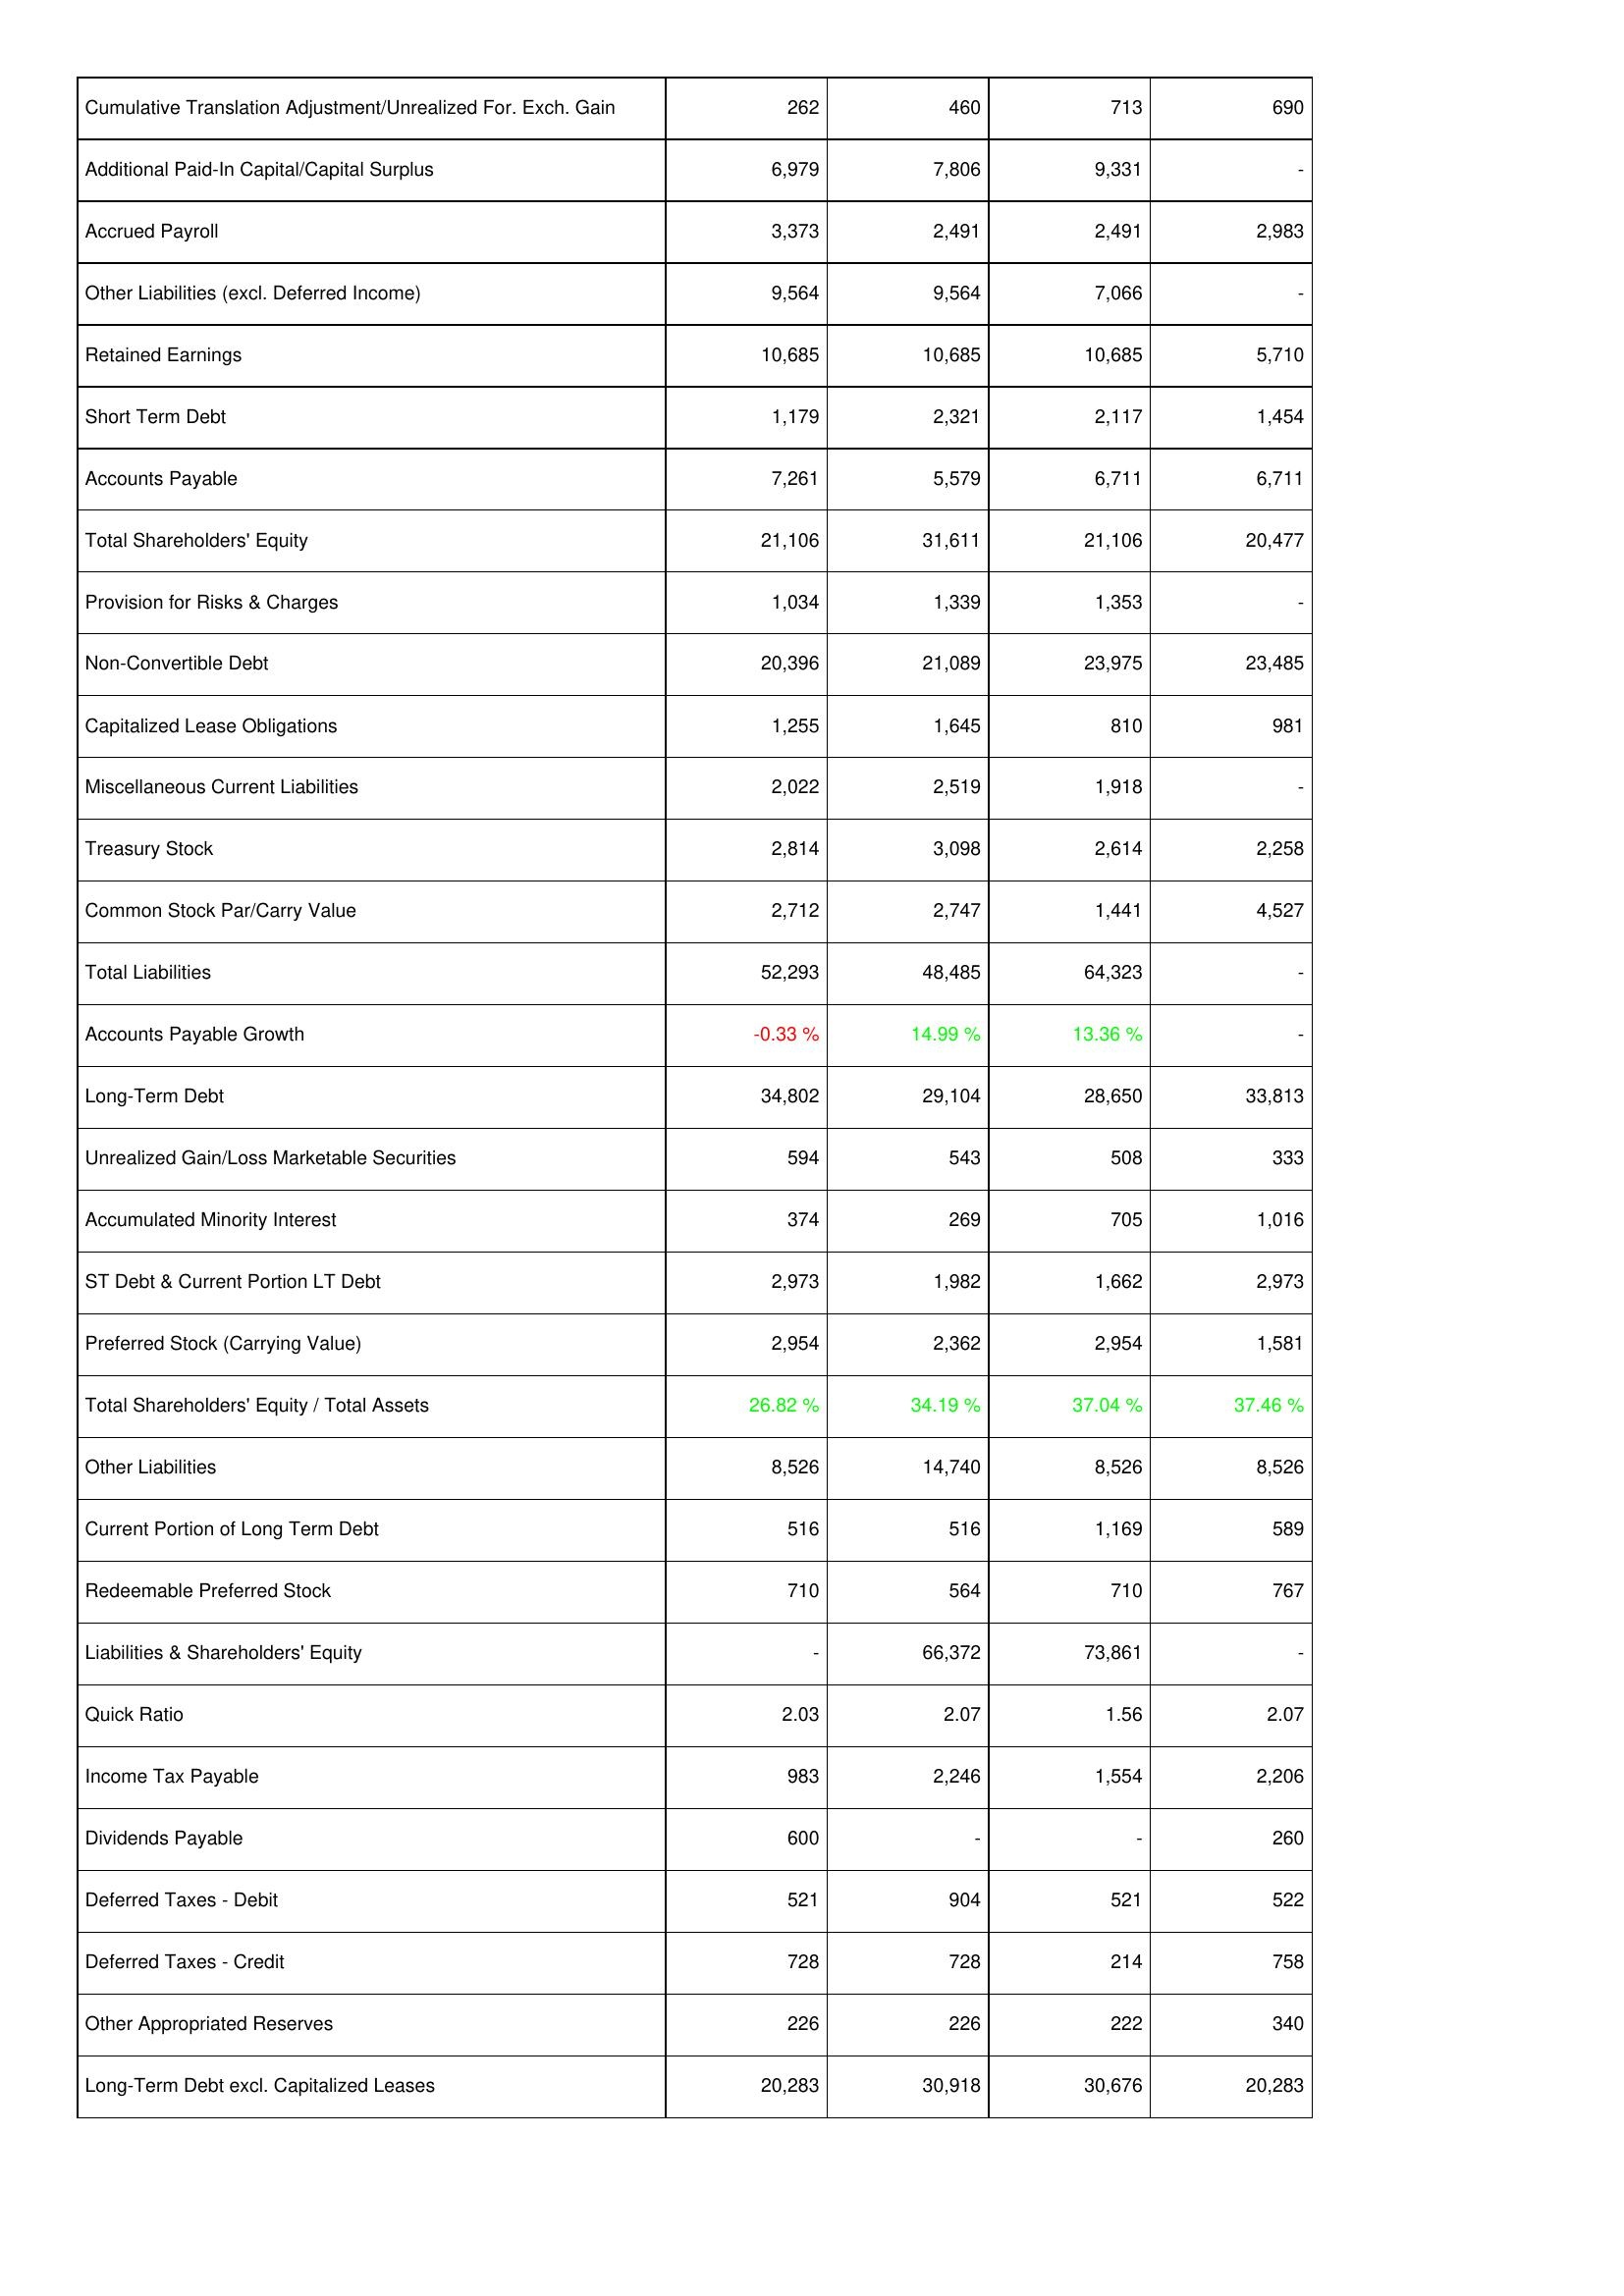
2011: Liabilities & Shareholders' Equity: Cumulative Translation Adjustment/Unrealized For. Exch. Gain: 262
Additional Paid-In Capital/Capital Surplus: 6,979
Accrued Payroll: 3,373
Other Liabilities (excl. Deferred Income): 9,564
Retained Earnings: 10,685
Short Term Debt: 1,179
Accounts Payable: 7,261
Total Shareholders' Equity: 21,106
Provision for Risks & Charges: 1,034
Non-Convertible Debt: 20,396
Capitalized Lease Obligations: 1,255
Miscellaneous Current Liabilities: 2,022
Treasury Stock: 2,814
Common Stock Par/Carry Value: 2,712
Total Liabilities: 52,293
Accounts Payable Growth: -0.33 %
Long-Term Debt: 34,802
Unrealized Gain/Loss Marketable Securities: 594
Accumulated Minority Interest: 374
ST Debt & Current Portion LT Debt: 2,973
Preferred Stock (Carrying Value): 2,954
Total Shareholders' Equity / Total Assets: 26.82 %
Other Liabilities: 8,526
Current Portion of Long Term Debt: 516
Redeemable Preferred Stock: 710
Liabilities & Shareholders' Equity: -
Quick Ratio: 2.03
Income Tax Payable: 983
Dividends Payable: 600
Deferred Taxes - Debit: 521
Deferred Taxes - Credit: 728
Other Appropriated Reserves: 226
Long-Term Debt excl. Capitalized Leases: 20,283
2012: Liabilities & Shareholders' Equity: Cumulative Translation Adjustment/Unrealized For. Exch. Gain: 460
Additional Paid-In Capital/Capital Surplus: 7,806
Accrued Payroll: 2,491
Other Liabilities (excl. Deferred Income): 9,564
Retained Earnings: 10,685
Short Term Debt: 2,321
Accounts Payable: 5,579
Total Shareholders' Equity: 31,611
Provision for Risks & Charges: 1,339
Non-Convertible Debt: 21,089
Capitalized Lease Obligations: 1,645
Miscellaneous Current Liabilities: 2,519
Treasury Stock: 3,098
Common Stock Par/Carry Value: 2,747
Total Liabilities: 48,485
Accounts Payable Growth: 14.99 %
Long-Term Debt: 29,104
Unrealized Gain/Loss Marketable Securities: 543
Accumulated Minority Interest: 269
ST Debt & Current Portion LT Debt: 1,982
Preferred Stock (Carrying Value): 2,362
Total Shareholders' Equity / Total Assets: 34.19 %
Other Liabilities: 14,740
Current Portion of Long Term Debt: 516
Redeemable Preferred Stock: 564
Liabilities & Shareholders' Equity: 66,372
Quick Ratio: 2.07
Income Tax Payable: 2,246
Dividends Payable: -
Deferred Taxes - Debit: 904
Deferred Taxes - Credit: 728
Other Appropriated Reserves: 226
Long-Term Debt excl. Capitalized Leases: 30,918
2013: Liabilities & Shareholders' Equity: Cumulative Translation Adjustment/Unrealized For. Exch. Gain: 713
Additional Paid-In Capital/Capital Surplus: 9,331
Accrued Payroll: 2,491
Other Liabilities (excl. Deferred Income): 7,066
Retained Earnings: 10,685
Short Term Debt: 2,117
Accounts Payable: 6,711
Total Shareholders' Equity: 21,106
Provision for Risks & Charges: 1,353
Non-Convertible Debt: 23,975
Capitalized Lease Obligations: 810
Miscellaneous Current Liabilities: 1,918
Treasury Stock: 2,614
Common Stock Par/Carry Value: 1,441
Total Liabilities: 64,323
Accounts Payable Growth: 13.36 %
Long-Term Debt: 28,650
Unrealized Gain/Loss Marketable Securities: 508
Accumulated Minority Interest: 705
ST Debt & Current Portion LT Debt: 1,662
Preferred Stock (Carrying Value): 2,954
Total Shareholders' Equity / Total Assets: 37.04 %
Other Liabilities: 8,526
Current Portion of Long Term Debt: 1,169
Redeemable Preferred Stock: 710
Liabilities & Shareholders' Equity: 73,861
Quick Ratio: 1.56
Income Tax Payable: 1,554
Dividends Payable: -
Deferred Taxes - Debit: 521
Deferred Taxes - Credit: 214
Other Appropriated Reserves: 222
Long-Term Debt excl. Capitalized Leases: 30,676
2014: Liabilities & Shareholders' Equity: Cumulative Translation Adjustment/Unrealized For. Exch. Gain: 690
Additional Paid-In Capital/Capital Surplus: -
Accrued Payroll: 2,983
Other Liabilities (excl. Deferred Income): -
Retained Earnings: 5,710
Short Term Debt: 1,454
Accounts Payable: 6,711
Total Shareholders' Equity: 20,477
Provision for Risks & Charges: -
Non-Convertible Debt: 23,485
Capitalized Lease Obligations: 981
Miscellaneous Current Liabilities: -
Treasury Stock: 2,258
Common Stock Par/Carry Value: 4,527
Total Liabilities: -
Accounts Payable Growth: -
Long-Term Debt: 33,813
Unrealized Gain/Loss Marketable Securities: 333
Accumulated Minority Interest: 1,016
ST Debt & Current Portion LT Debt: 2,973
Preferred Stock (Carrying Value): 1,581
Total Shareholders' Equity / Total Assets: 37.46 %
Other Liabilities: 8,526
Current Portion of Long Term Debt: 589
Redeemable Preferred Stock: 767
Liabilities & Shareholders' Equity: -
Quick Ratio: 2.07
Income Tax Payable: 2,206
Dividends Payable: 260
Deferred Taxes - Debit: 522
Deferred Taxes - Credit: 758
Other Appropriated Reserves: 340
Long-Term Debt excl. Capitalized Leases: 20,283